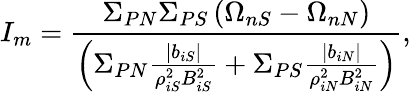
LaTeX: I_{m}=\frac{\Sigma_{PN}\Sigma_{PS}\left(\Omega_{nS}-\Omega_{nN}\right)}{\left(\Sigma_{PN}\frac{|b_{iS}|}{\rho_{iS}^{2}B_{iS}^{2}}+\Sigma_{PS}\frac{|b_{iN}|}{\rho_{iN}^{2}B_{iN}^{2}}\right)},